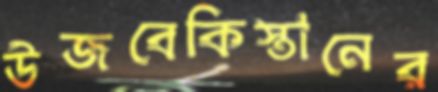
উজবেকিস্তানের